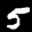
Label: 5